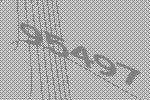
95497